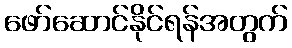
ဖော်ဆောင်နိုင်ရန်အတွက်